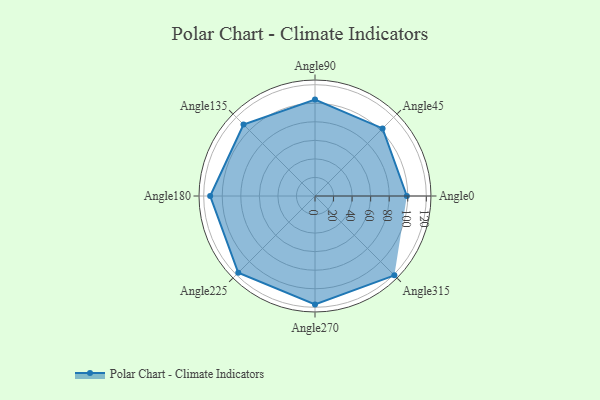
{"axis": {"x": "Angle", "y": "Radius"}, "legend": [""], "data": [{"x": "Angle0", "y": 99.0, "type": ""}, {"x": "Angle45", "y": 103.0, "type": ""}, {"x": "Angle90", "y": 104.0, "type": ""}, {"x": "Angle135", "y": 109.0, "type": ""}, {"x": "Angle180", "y": 113.0, "type": ""}, {"x": "Angle225", "y": 117.0, "type": ""}, {"x": "Angle270", "y": 117.0, "type": ""}, {"x": "Angle315", "y": 121.0, "type": ""}]}